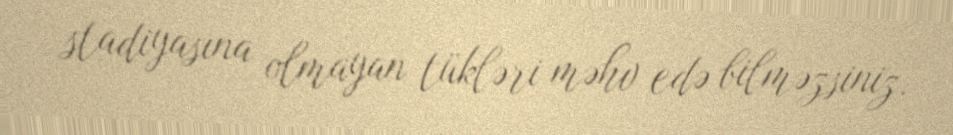
stadiyasına olmayan tükləri məhv edə bilməzsiniz.